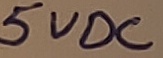
Text: 5VDC